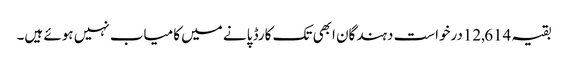
بقیہ 12,614درخواست دہندگان ابھی تک کارڈ پانے میں کامیاب نہیں ہوئے ہیں۔